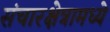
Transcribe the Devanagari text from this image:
संचारक्षेत्रामध्ये